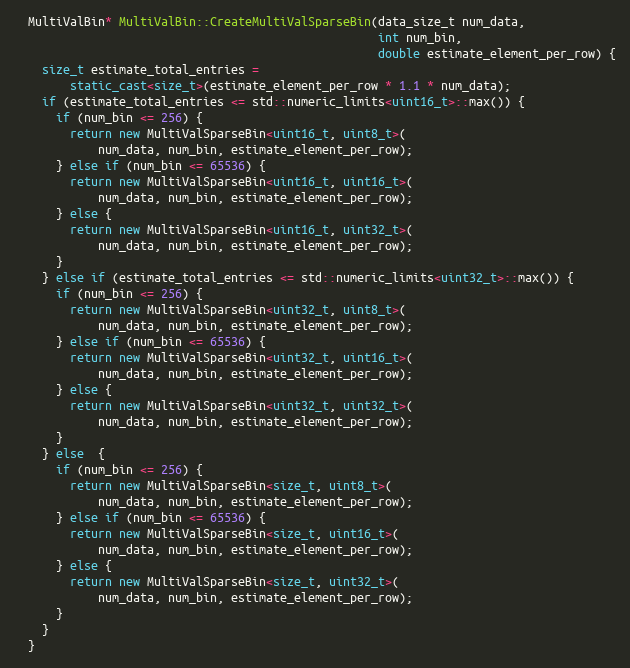
Language: C++
  MultiValBin* MultiValBin::CreateMultiValSparseBin(data_size_t num_data,
                                                    int num_bin,
                                                    double estimate_element_per_row) {
    size_t estimate_total_entries =
        static_cast<size_t>(estimate_element_per_row * 1.1 * num_data);
    if (estimate_total_entries <= std::numeric_limits<uint16_t>::max()) {
      if (num_bin <= 256) {
        return new MultiValSparseBin<uint16_t, uint8_t>(
            num_data, num_bin, estimate_element_per_row);
      } else if (num_bin <= 65536) {
        return new MultiValSparseBin<uint16_t, uint16_t>(
            num_data, num_bin, estimate_element_per_row);
      } else {
        return new MultiValSparseBin<uint16_t, uint32_t>(
            num_data, num_bin, estimate_element_per_row);
      }
    } else if (estimate_total_entries <= std::numeric_limits<uint32_t>::max()) {
      if (num_bin <= 256) {
        return new MultiValSparseBin<uint32_t, uint8_t>(
            num_data, num_bin, estimate_element_per_row);
      } else if (num_bin <= 65536) {
        return new MultiValSparseBin<uint32_t, uint16_t>(
            num_data, num_bin, estimate_element_per_row);
      } else {
        return new MultiValSparseBin<uint32_t, uint32_t>(
            num_data, num_bin, estimate_element_per_row);
      }
    } else  {
      if (num_bin <= 256) {
        return new MultiValSparseBin<size_t, uint8_t>(
            num_data, num_bin, estimate_element_per_row);
      } else if (num_bin <= 65536) {
        return new MultiValSparseBin<size_t, uint16_t>(
            num_data, num_bin, estimate_element_per_row);
      } else {
        return new MultiValSparseBin<size_t, uint32_t>(
            num_data, num_bin, estimate_element_per_row);
      }
    }
  }